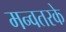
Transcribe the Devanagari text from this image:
मन्वतरके